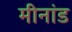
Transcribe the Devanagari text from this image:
मीनांड